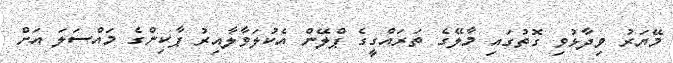
މޭޔަރު ވިދާޅުވި ގޮތުގައި މާލޭގެ ތަރައްގީގެ ޕްލޭން އެކުލަވާލާއިރު ޕާކިންގެ މައްސަލަ އަށް